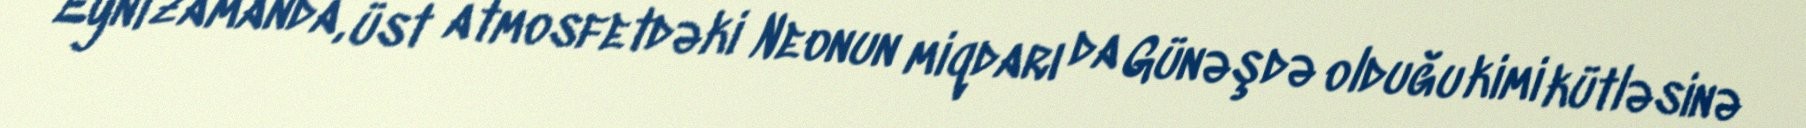
Eyni zamanda, üst atmosfetdəki Neonun miqdarı da Günəşdə olduğu kimi kütləsinə